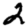
Digit: 2